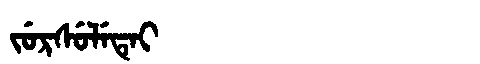
Manchu: ᠵᡠᡵᠰᡠᠯᡝᡨᡝᡳ
Romanization: JURSULETEI